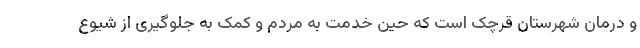
و درمان شهرستان قرچک است که حین خدمت به مردم و کمک به جلوگیری از شیوع